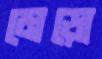
মেড়ো